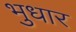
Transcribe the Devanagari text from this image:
भुधार